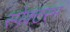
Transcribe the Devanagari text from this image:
स्पेक्टरम